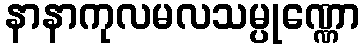
နာနာကုလမလသမ္ပုဏ္ဏော